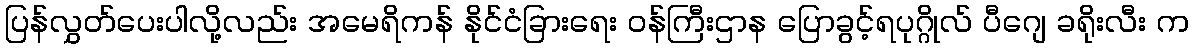
ပြန်လွှတ်ပေးပါလို့လည်း အမေရိကန် နိုင်ငံခြားရေး ဝန်ကြီးဌာန ပြောခွင့်ရပုဂ္ဂိုလ် ပီဂျေ ခရိုးလီး က